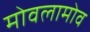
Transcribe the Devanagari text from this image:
मोवलामोव